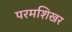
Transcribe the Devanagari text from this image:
परमशिखर